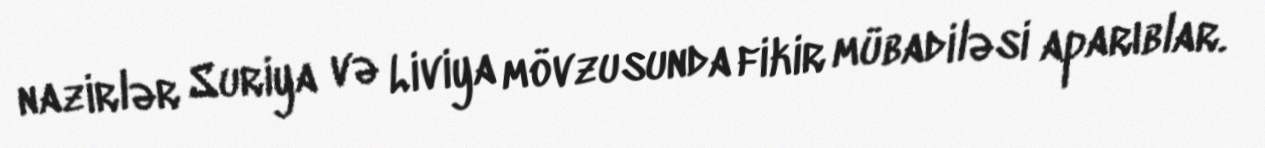
nazirlər Suriya və Liviya mövzusunda fikir mübadiləsi aparıblar.